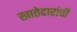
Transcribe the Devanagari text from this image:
खातेदारांची